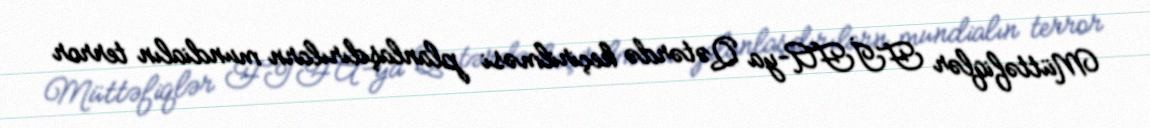
Müttəfiqlər FİFA-ya Qətərdə keçirilməsi planlaşdırılarn mundialın terror